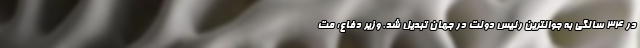
در ۳۴ سالگی به جوانترین رئیس دولت در جهان تبدیل شد. وزیر دفاع: مت